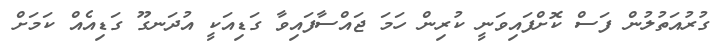
ގުރުއަތުލުން ފަސް ކޮށްފައިވަނީ ކުރިން ހަމަ ޖައްސާފައިވާ ގަޑިއަކީ އުދަނގޫ ގަޑިއެއް ކަމަށް